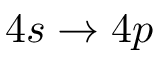
4 s \rightarrow 4 p